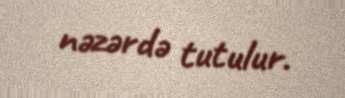
nəzərdə tutulur.